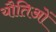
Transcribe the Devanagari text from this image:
यौतिओं